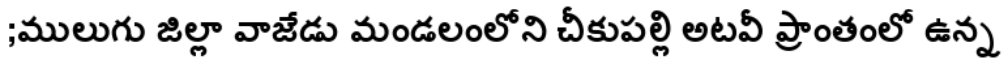
;ములుగు జిల్లా వాజేడు మండలంలోని చీకుపల్లి అటవీ ప్రాంతంలో ఉన్న